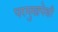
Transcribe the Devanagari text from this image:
परमुखपेक्षी